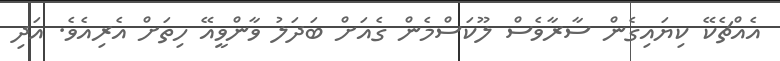
އެއްޗެކޭ ކިޔައިގެން ސާރާވެސް ލޫކަސްމެން ގެއަށް ބަދަލު ވާންވީއޭ ހިތަށް އެރިއެވެ. އަދި